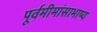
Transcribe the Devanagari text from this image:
पूर्वमीमांसाभाष्य